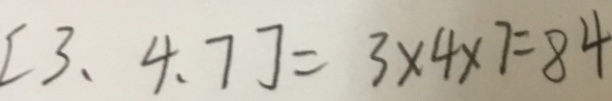
[ 3 、 4 、 7 ] = 3 \times 4 \times 7 = 8 4